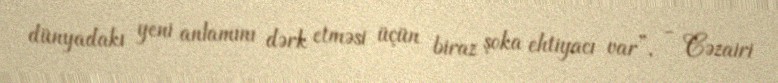
dünyadakı yeni anlamını dərk etməsi üçün biraz şoka ehtiyacı var”, - Cəzairi